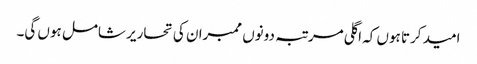
امید کرتا ہوں کہ اگلی مرتبہ دونوں ممبران کی تحاریر شامل ہوں گی۔